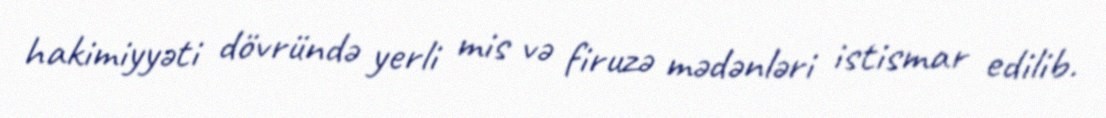
hakimiyyəti dövründə yerli mis və firuzə mədənləri istismar edilib.